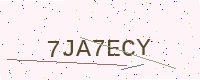
Text: 7JA7ECY